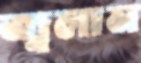
জ্বলান